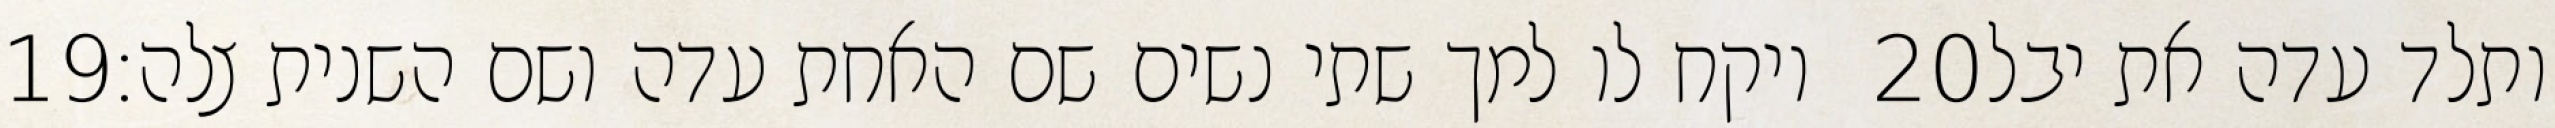
‎19‏ ויקח לו למך שתי נשים שם האחת עדה ושם השנית צלה׃ ‎20‏ ותלד עדה את יבל